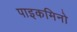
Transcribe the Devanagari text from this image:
पाइकमिनो